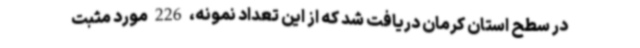
در سطح استان کرمان دریافت شد که از این تعداد نمونه، 226 مورد مثبت